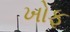
ખોફ